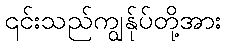
၎င်းသည်ကျွန်ုပ်တို့အား